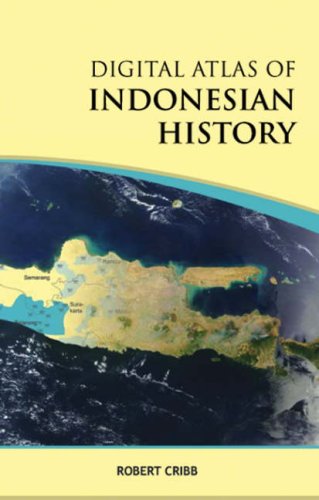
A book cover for Digital Atlas of Indonesian History; Robert Cribb; Travel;